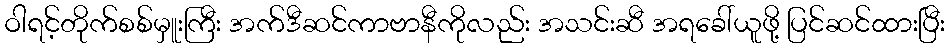
ဝါရင့်တိုက်စစ်မှူးကြီး အက်ဒီဆင်ကာဗာနီကိုလည်း အသင်းဆီ အရခေါ်ယူဖို့ ပြင်ဆင်ထားပြီး